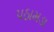
પઠામડા